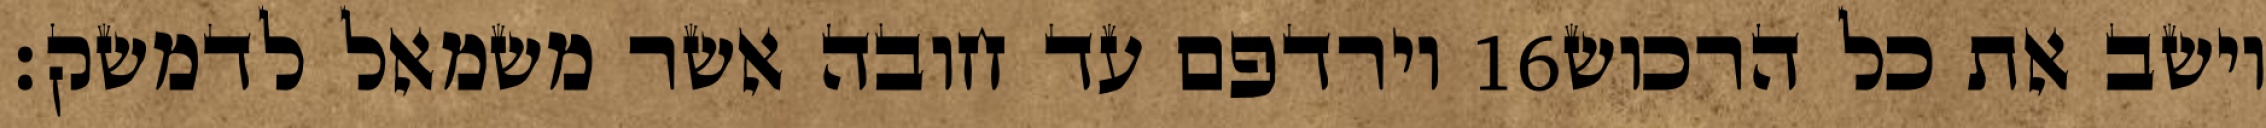
וירדפם עד חובה אשר משמאל לדמשק׃ ‎16‏ וישב את כל הרכוש